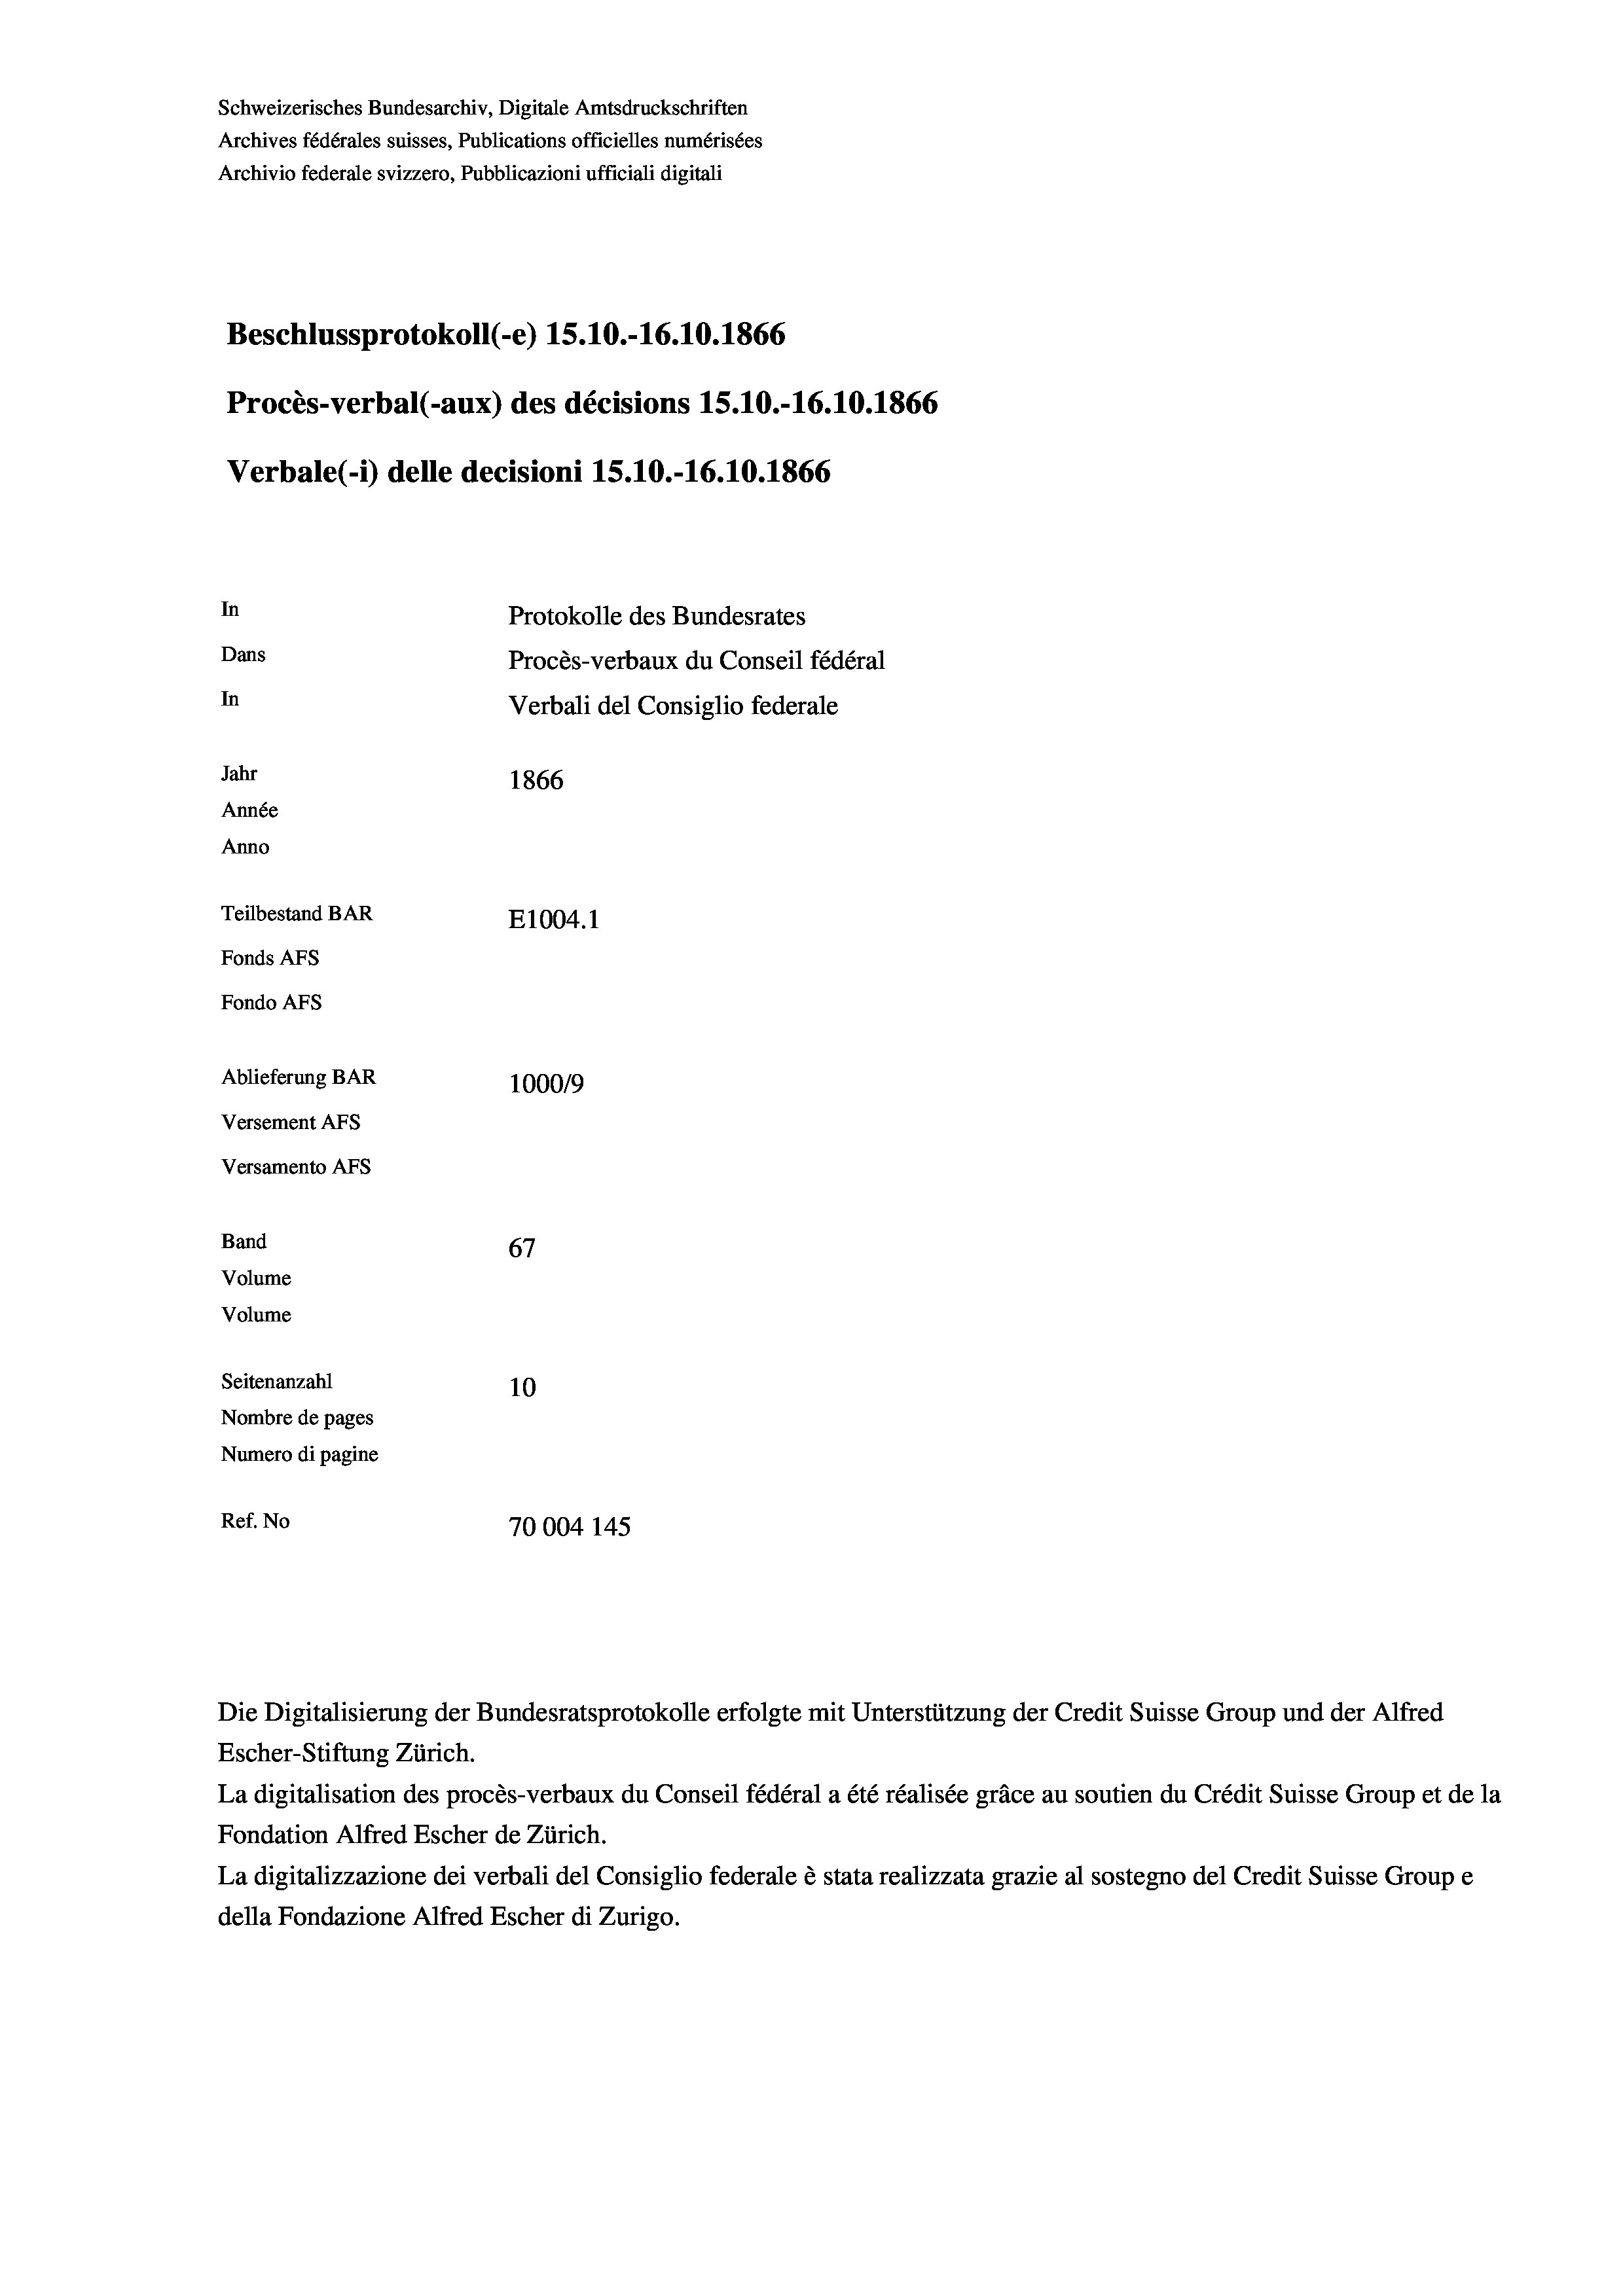
Schweizerisches Bundesarchiv, Digitale Amtsdruckschriften
Archives fédérales suisses, Publications officielles numérisées
Archivio federale svizzero, Pubblicazioni ufficiali digitali
Beschlussprotokoll (-e) 15.10.-16.10.1866
Procès-verbal (-aux) des décisions 15.10.-16.10.1866
Verbale (i) delle decisioni 15.10.-16.10.1866
In
Protokolle des Bundesrates
Dans
Procès-verbaux du Conseil fédéral
In
Verbali del Consiglio federale
Jahr
1866
Année
Anno
Teilbestand BAR
E1004. 1
Fonds AFs
Fondo Afs
Ablieferung BAR
100019
Versement AFs
Versamento AFS

67
Seitenanzahl
10
Nombre de pages
Numero di pagine
Ref. No
70004 145

Band
Volume
Volume

Die Digitalisierung der Bundesratsprotokolle erfolgte mit Unterstützung der Credit Suisse Group und der Alfred

Escher-Stiftung Zürich.
La digitalisation des procès-verbaux du Conseil fédéral a été réalisée gräce au soutien du Crédit Suisse Group et de la
Fondation Alfred Escher de Zürich.
La digitalizzazione dei verbali del Consiglio federale è stata realizzata grazie al sostegno del Credit Suisse Groupe
della Fondazione Alfred Escher di Zurigo.